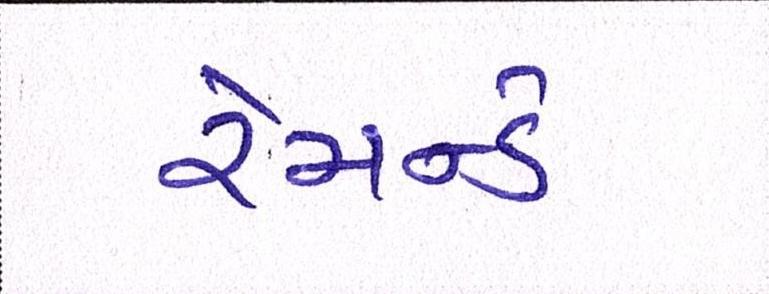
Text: રેમન્ડે